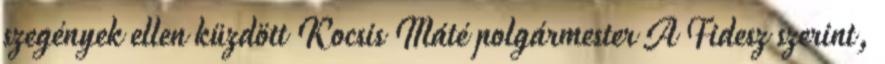
szegények ellen küzdött Kocsis Máté polgármester A Fidesz szerint,